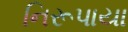
નિરૂપાયા